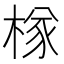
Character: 𣔾